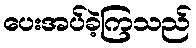
ပေးအပ်ခဲ့ကြသည်